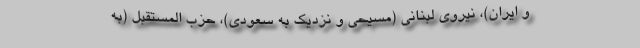
و ایران)، نیروی لبنانی (مسیحی و نزدیک به سعودی)، حزب المستقبل (به